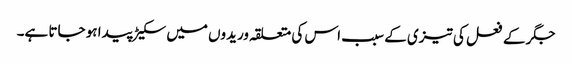
جگر کے فعل کی تیزی کے سبب اس کی متعلقہ وریدوں میں سکیڑ پیدا ہو جاتا ہے۔